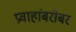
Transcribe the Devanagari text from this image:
प्रवाहांबरोबर